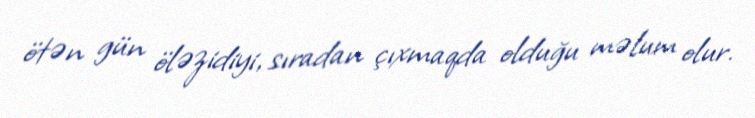
ötən gün öləzidiyi, sıradan çıxmaqda olduğu məlum olur.